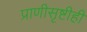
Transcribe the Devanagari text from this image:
प्राणीसृष्टीही